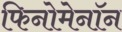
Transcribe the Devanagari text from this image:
फिनोमेनॉन